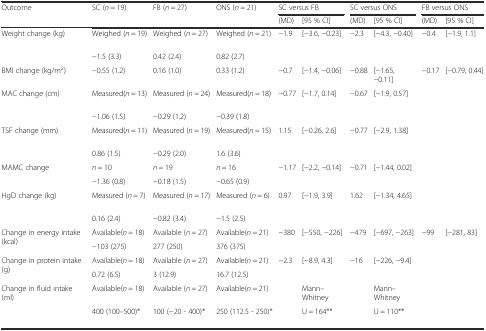
<table><thead><tr><td rowspan="2"><b>Outcome</b></td><td><b>SC (<i>n</i> = 19)</b></td><td><b>FB (<i>n</i> = 27)</b></td><td><b>ONS (<i>n</i> = 21)</b></td><td colspan="2"><b>SC versus FB</b></td><td colspan="2"><b>SC versus ONS</b></td><td colspan="2"><b>FB versus ONS</b></td></tr><tr><td></td><td></td><td></td><td><b>(MD)</b></td><td><b>[95 % CI]</b></td><td><b>(MD)</b></td><td><b>[95 % CI]</b></td><td><b>(MD)</b></td><td><b>[95 % CI]</b></td></tr></thead><tbody><tr><td rowspan="2">Weight change (kg)</td><td>Weighed (<i>n</i> = 19)</td><td>Weighed (<i>n</i> = 27)</td><td>Weighed (<i>n</i> = 21)</td><td>−1.9</td><td>[−3.6, −0.23]</td><td>−2.3</td><td>[−4.3, −0.40]</td><td>−0.4</td><td>[−1.9, 1.1]</td></tr><tr><td>−1.5 (3.3)</td><td>0.42 (2.4)</td><td>0.82 (2.7)</td><td></td><td></td><td></td><td></td><td></td><td></td></tr><tr><td>BMI change (kg/m<sup>2</sup>)</td><td>−0.55 (1.2)</td><td>0.16 (1.0)</td><td>0.33 (1.2)</td><td>−0.7</td><td>[−1.4, −0.06]</td><td>−0.88</td><td>[−1.65, −0.11]</td><td>−0.17</td><td>[−0.79, 0.44]</td></tr><tr><td rowspan="2">MAC change (cm)</td><td>Measured(<i>n</i> = 13)</td><td>Measured (<i>n</i> = 24)</td><td>Measured(<i>n</i> = 18)</td><td>−0.77</td><td>[−1.7, 0.14]</td><td>−0.67</td><td>[−1.9, 0.57]</td><td></td><td></td></tr><tr><td>−1.06 (1.5)</td><td>−0.29 (1.2)</td><td>−0.39 (1.8)</td><td></td><td></td><td></td><td></td><td></td><td></td></tr><tr><td rowspan="2">TSF change (mm)</td><td>Measured(<i>n</i> = 11)</td><td>Measured (<i>n</i> = 19)</td><td>Measured(<i>n</i> = 15)</td><td>1.15</td><td>[−0.26, 2.6]</td><td>−0.77</td><td>[−2.9, 1.38]</td><td></td><td></td></tr><tr><td>0.86 (1.5)</td><td>−0.29 (2.0)</td><td>1.6 (3.6)</td><td></td><td></td><td></td><td></td><td></td><td></td></tr><tr><td rowspan="2">MAMC change</td><td><i>n</i> = 10</td><td><i>n</i> = 19</td><td><i>n</i> = 16</td><td>−1.17</td><td>[−2.2, −0.14]</td><td>−0.71</td><td>[−1.44, 0.02]</td><td></td><td></td></tr><tr><td>−1.36 (0.8)</td><td>−0.18 (1.5)</td><td>−0.65 (0.9)</td><td></td><td></td><td></td><td></td><td></td><td></td></tr><tr><td rowspan="2">HgD change (kg)</td><td>Measured (<i>n</i> = 7)</td><td>Measured (<i>n</i> = 17)</td><td>Measured (<i>n</i> = 6)</td><td>0.97</td><td>[−1.9, 3.9]</td><td>1.62</td><td>[−1.34, 4.65]</td><td></td><td></td></tr><tr><td>0.16 (2.4)</td><td>−0.82 (3.4)</td><td>−1.5 (2.5)</td><td></td><td></td><td></td><td></td><td></td><td></td></tr><tr><td rowspan="2">Change in energy intake (kcal)</td><td>Available(<i>n</i> = 18)</td><td>Available (<i>n</i> = 27)</td><td>Available(<i>n</i> = 21)</td><td>−380</td><td>[−550, −226]</td><td>−479</td><td>[−697, −263]</td><td>−99</td><td>[−281, 83]</td></tr><tr><td>−103 (275)</td><td>277 (250)</td><td>376 (375)</td><td></td><td></td><td></td><td></td><td></td><td></td></tr><tr><td rowspan="2">Change in protein intake (g)</td><td>Available(<i>n</i> = 18)</td><td>Available (<i>n</i> = 27)</td><td>Available(<i>n</i> = 21)</td><td>−2.3</td><td>[−8.9, 4.3]</td><td>−16</td><td>[−226, −9.4]</td><td></td><td></td></tr><tr><td>0.72 (6.5)</td><td>3 (12.9)</td><td>16.7 (12.5)</td><td></td><td></td><td></td><td></td><td></td><td></td></tr><tr><td rowspan="2">Change in fluid intake (ml)</td><td>Available(<i>n</i> = 18)</td><td>Available (<i>n</i> = 27)</td><td>Available(<i>n</i> = 21)</td><td></td><td>Mann–Whitney</td><td></td><td>Mann–Whitney</td><td></td><td></td></tr><tr><td>400 (100–500)*</td><td>100 (−20 - 400)*</td><td>250 (112.5 - 250)*</td><td></td><td>U = 164**</td><td></td><td>U = 110**</td><td></td><td></td></tr></tbody></table>